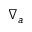
\nabla _ { a }